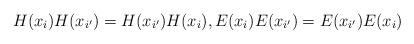
LaTeX: \begin{align*}H(x_{i})H(x_{i^{\prime }})=H(x_{i^{\prime }})H(x_{i}),E(x_{i})E(x_{i^{\prime }})=E(x_{i^{\prime }})E(x_{i}) \end{align*}